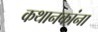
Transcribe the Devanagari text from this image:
कथानकांना